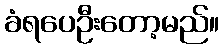
ခံရပေဦးတော့မည်။